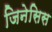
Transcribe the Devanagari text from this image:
जिनेसिस